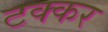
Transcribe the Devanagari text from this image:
टक्कर